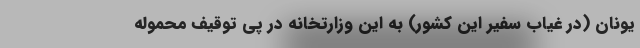
یونان (در غیاب سفیر این کشور) به این وزارتخانه در پی توقیف محموله